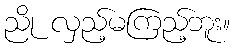
ညို လှည့်မကြည့်ဘူး။